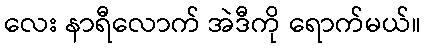
လေး နာရီလောက် အဲဒီကို ရောက်မယ်။